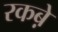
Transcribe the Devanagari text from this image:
रकबे़